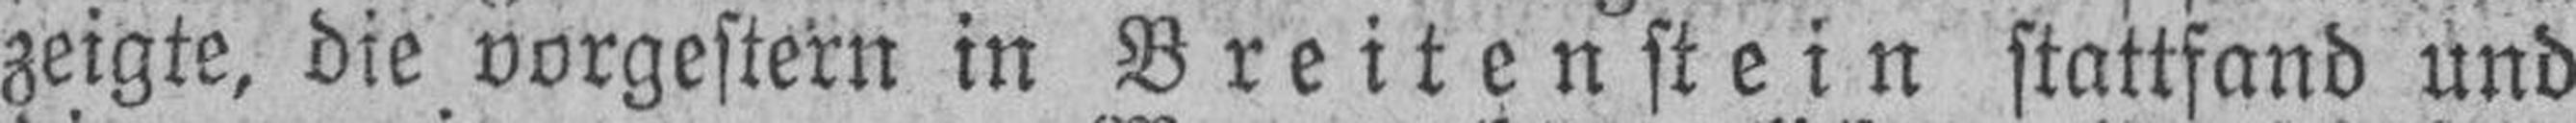
zeigte, die vorgestern in Breitenstein stattfand und